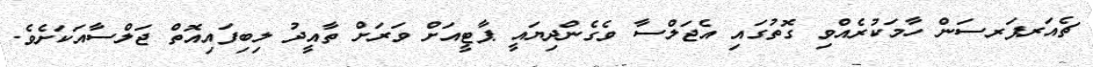
ޗެއަރޕަރސަން ހާމަކުރެއްވި ގޮތުގައި އެޖަލްސާ ވެގެންދިޔައީ ޕާޓީއަށް ވަރަށް ތާއީދު ލިބިފައިއޮތް ޖަލްސާއަކަށެވެ.